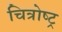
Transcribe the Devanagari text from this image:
चित्रोष्ट्र